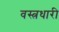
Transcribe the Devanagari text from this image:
वस्‍त्रधारी